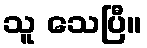
သူ သေပြီ။